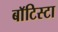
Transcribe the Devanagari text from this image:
बाॅटिस्टा